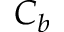
C _ { b }